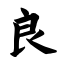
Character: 良